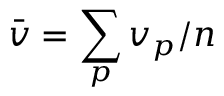
\bar { v } = \sum _ { p } v _ { p } / n